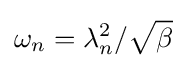
\omega _{n}=\lambda _{n}^{2}/{\sqrt {\beta }}